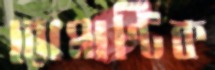
রোমাণ্টিক